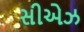
સીએઝ